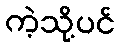
ကဲ့သို့ပင်